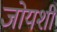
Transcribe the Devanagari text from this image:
जोयशी